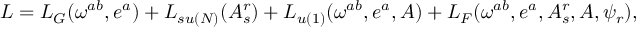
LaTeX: L = L _ { G } ( \omega ^ { a b } , e ^ { a } ) + L _ { s u ( N ) } ( A _ { s } ^ { r } ) + L _ { u ( 1 ) } ( \omega ^ { a b } , e ^ { a } , A ) + L _ { F } ( \omega ^ { a b } , e ^ { a } , A _ { s } ^ { r } , A , \psi _ { r } ) ,